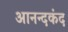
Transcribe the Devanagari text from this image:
आनन्‍दकंद